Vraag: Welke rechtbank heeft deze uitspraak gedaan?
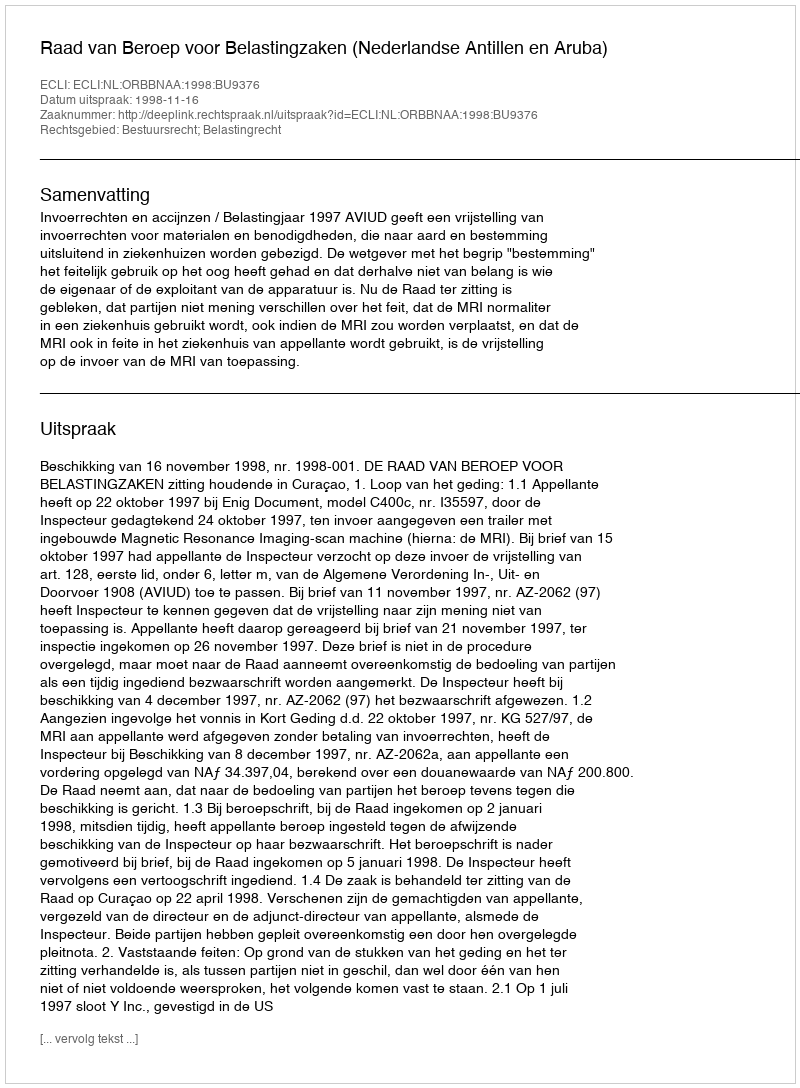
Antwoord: Raad van Beroep voor Belastingzaken (Nederlandse Antillen en Aruba)